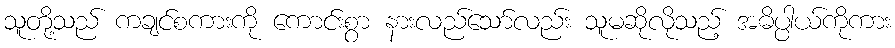
သူတို့သည် ကချင်စကားကို ကောင်းစွာ နားလည်သော်လည်း သူမဆိုလိုသည့် အဓိပ္ပါယ်ကိုကား